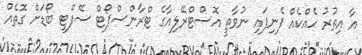
އާ އިތުރު ހެއްކެއް ފެނިފައި ނުވާތީ އޮސްޓްރޭލިއާގެ ޓްރާންސްޕޯޓް ސޭފްޓީ ބޯޑަށް ގޮތެއް